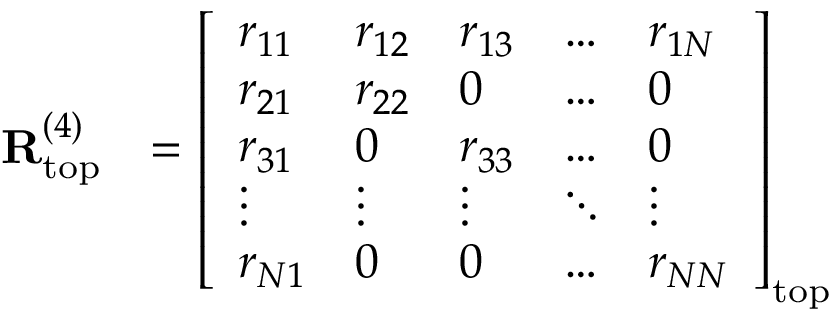
\begin{array} { r l } { \mathbf { R } _ { \mathrm { t o p } } ^ { ( 4 ) } } & { = \left[ \begin{array} { l l l l l } { r _ { 1 1 } } & { r _ { 1 2 } } & { r _ { 1 3 } } & { \dots } & { r _ { 1 N } } \\ { r _ { 2 1 } } & { r _ { 2 2 } } & { 0 } & { \dots } & { 0 } \\ { r _ { 3 1 } } & { 0 } & { r _ { 3 3 } } & { \dots } & { 0 } \\ { \vdots } & { \vdots } & { \vdots } & { \ddots } & { \vdots } \\ { r _ { N 1 } } & { 0 } & { 0 } & { \dots } & { r _ { N N } } \end{array} \right] _ { \mathrm { t o p } } } \end{array}